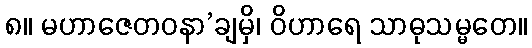
၈။ မဟာဇေတဝနာ’ချမှိ၊ ဝိဟာရေ သာဓုသမ္မတေ။